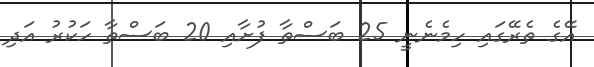
އޭގެ ތެރޭގައި ހިމެނެނީ 25 ބަސްތާ ފުށާއި 20 ބަސްތާ ހަކުރު އަދި